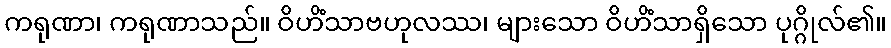
ကရုဏာ၊ ကရုဏာသည်။ ဝိဟိံသာဗဟုလဿ၊ များသော ဝိဟိံသာရှိသော ပုဂ္ဂိုလ်၏။